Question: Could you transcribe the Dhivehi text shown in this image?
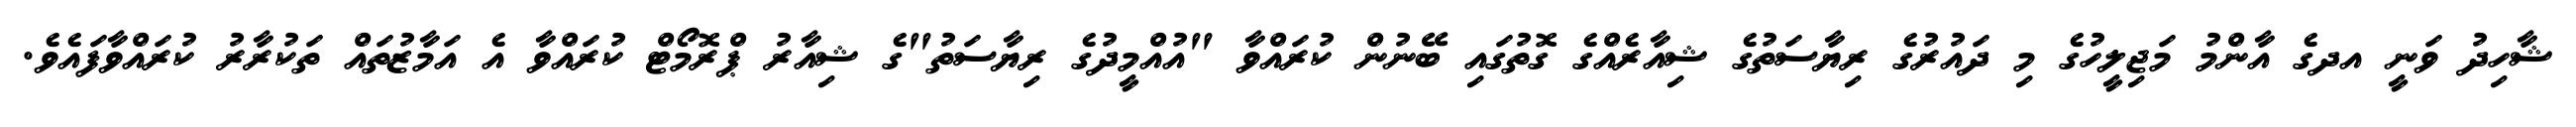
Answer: ޝާހިދު ވަނީ އދގެ އާންމު މަޖިލީހުގެ މި ދައުރުގެ ރިޔާސަތުގެ ޝިއާރެއްގެ ގޮތުގައި ބޭނުން ކުރައްވާ "އުއްމީދުގެ ރިޔާސަތު"ގެ ޝިއާރު ޕްރޮމޯޓް ކުރައްވާ އެ އަމާޒުތައް ތަކުރާރު ކުރައްވާފައެވެ.